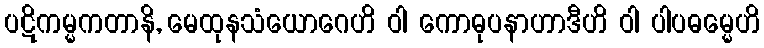
ပဋိကမ္မကတာနိ, မေထုနသံယောဂေဟိ ဝါ ကောဓုပနာဟာဒီဟိ ဝါ ပါပဓမ္မေဟိ